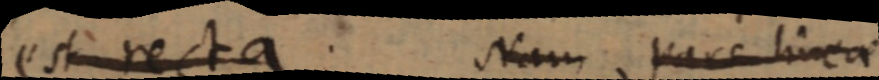
est recta. Nam pars linea